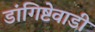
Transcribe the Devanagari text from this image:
डांगिष्टेवाडी